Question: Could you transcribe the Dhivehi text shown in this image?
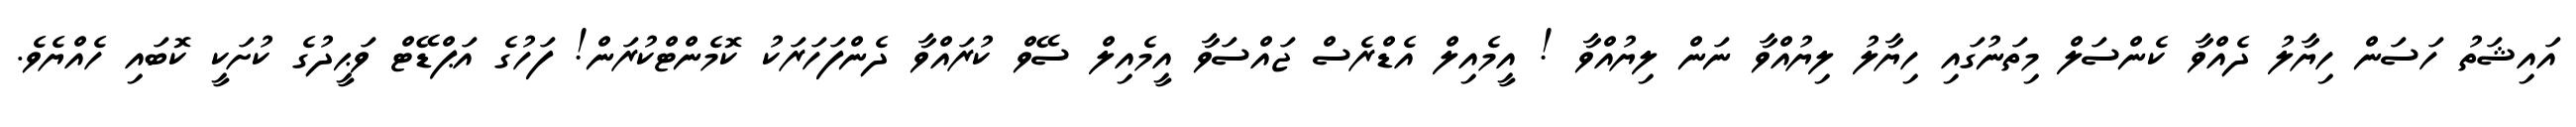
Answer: އައިޝަތު ހަސަން ހިޔާލު ދެއްވާ ކެންސަލް މިތަނުގައި ހިޔާލު ލިޔުއްވާ ނަން ލިޔުއްވާ ! އީމެއިލް އެޑްރެސް ޖައްސަވާ އީމެއިލް ސޭވް ކުރައްވާ ދެންފަހަރަކު ކޮމެންޓްކުރަން! ފަހުގެ އަޕްޑޭޓް ވަޙީދުގެ ކުށަކީ ކޮބައި ހެއްޔެވެ.